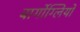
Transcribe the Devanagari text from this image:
बार्गोग्लियो